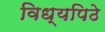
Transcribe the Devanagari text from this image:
विध्यपिठे